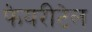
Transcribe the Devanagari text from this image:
फेयरीटेल